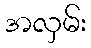
အလှမ်း